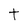
Character: t